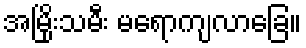
အမြိုးသမီး မရောကျလာခြေ။